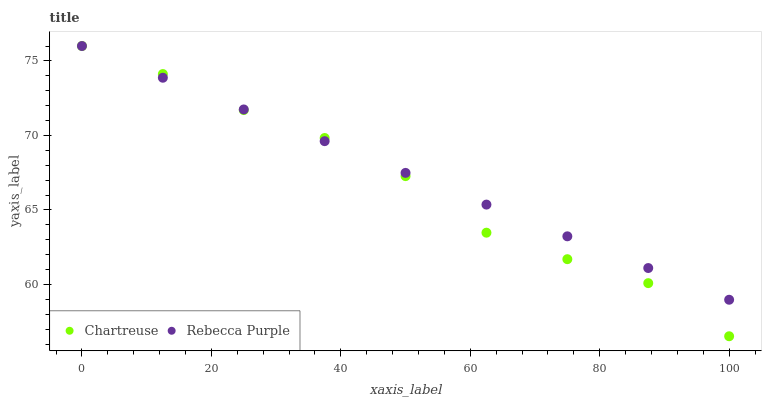
| xaxis_label | Chartreuse | Rebecca Purple |
 | --- | --- | --- |
 | 0 | 76 | 76 |
 | 12.5 | 74.1 | 73.9 |
 | 25 | 71.7 | 71.7 |
 | 37.5 | 69.8 | 69.6 |
 | 50 | 67.3 | 67.5 |
 | 62.5 | 63.5 | 65.4 |
 | 75 | 61.7 | 63.2 |
 | 87.5 | 60.1 | 61.1 |
 | 100 | 56.5 | 59 |